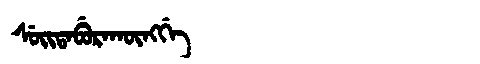
Manchu: ᠰᡠᡳᡨᠠᠪᡠᡵᠠᡴᡡᠩᡤᡝ
Romanization: SUITABURAKŪNGGE